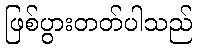
ဖြစ်ပွားတတ်ပါသည်